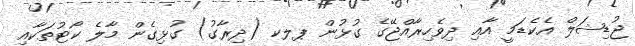
ޖުޑިޝަލް އެކެޑަމީ އާއި ދިވެހިރާއްޖޭގެ ގުޅުން ޕލކ (ދިރާގު) ގުޅިގެން މާލެ ކޯޓުތަކާއި